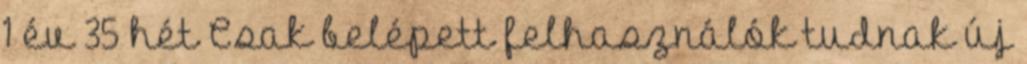
1 év 35 hét Csak belépett felhasználók tudnak új